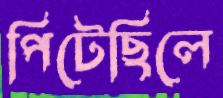
পিটেছিলে